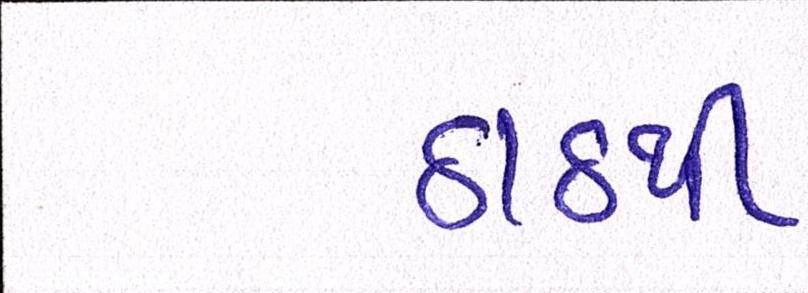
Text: ઠાઠથી